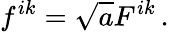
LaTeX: f^{ik}=\sqrt{a}F^{ik}\, .